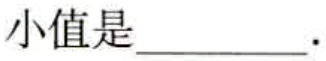
小值是\_\_\_\_\_\_ .